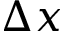
\Delta x